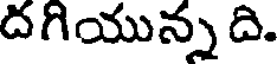
దగియున్న ది.